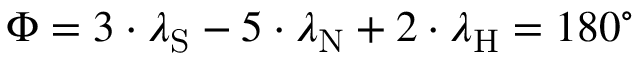
\Phi = 3 \cdot \lambda _ { \mathrm { { S } } } - 5 \cdot \lambda _ { \mathrm { { N } } } + 2 \cdot \lambda _ { \mathrm { { H } } } = 1 8 0 ^ { \circ }